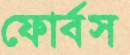
ফোর্বস